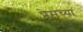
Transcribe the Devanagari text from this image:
प्रेमच्या